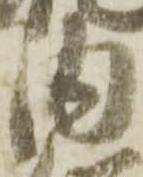
内